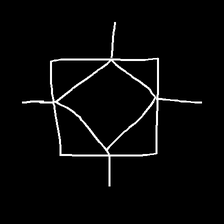
Glyph: light